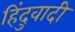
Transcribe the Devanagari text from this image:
हिंदुवादी